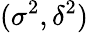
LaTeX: (\sigma^{2},\delta^{2})